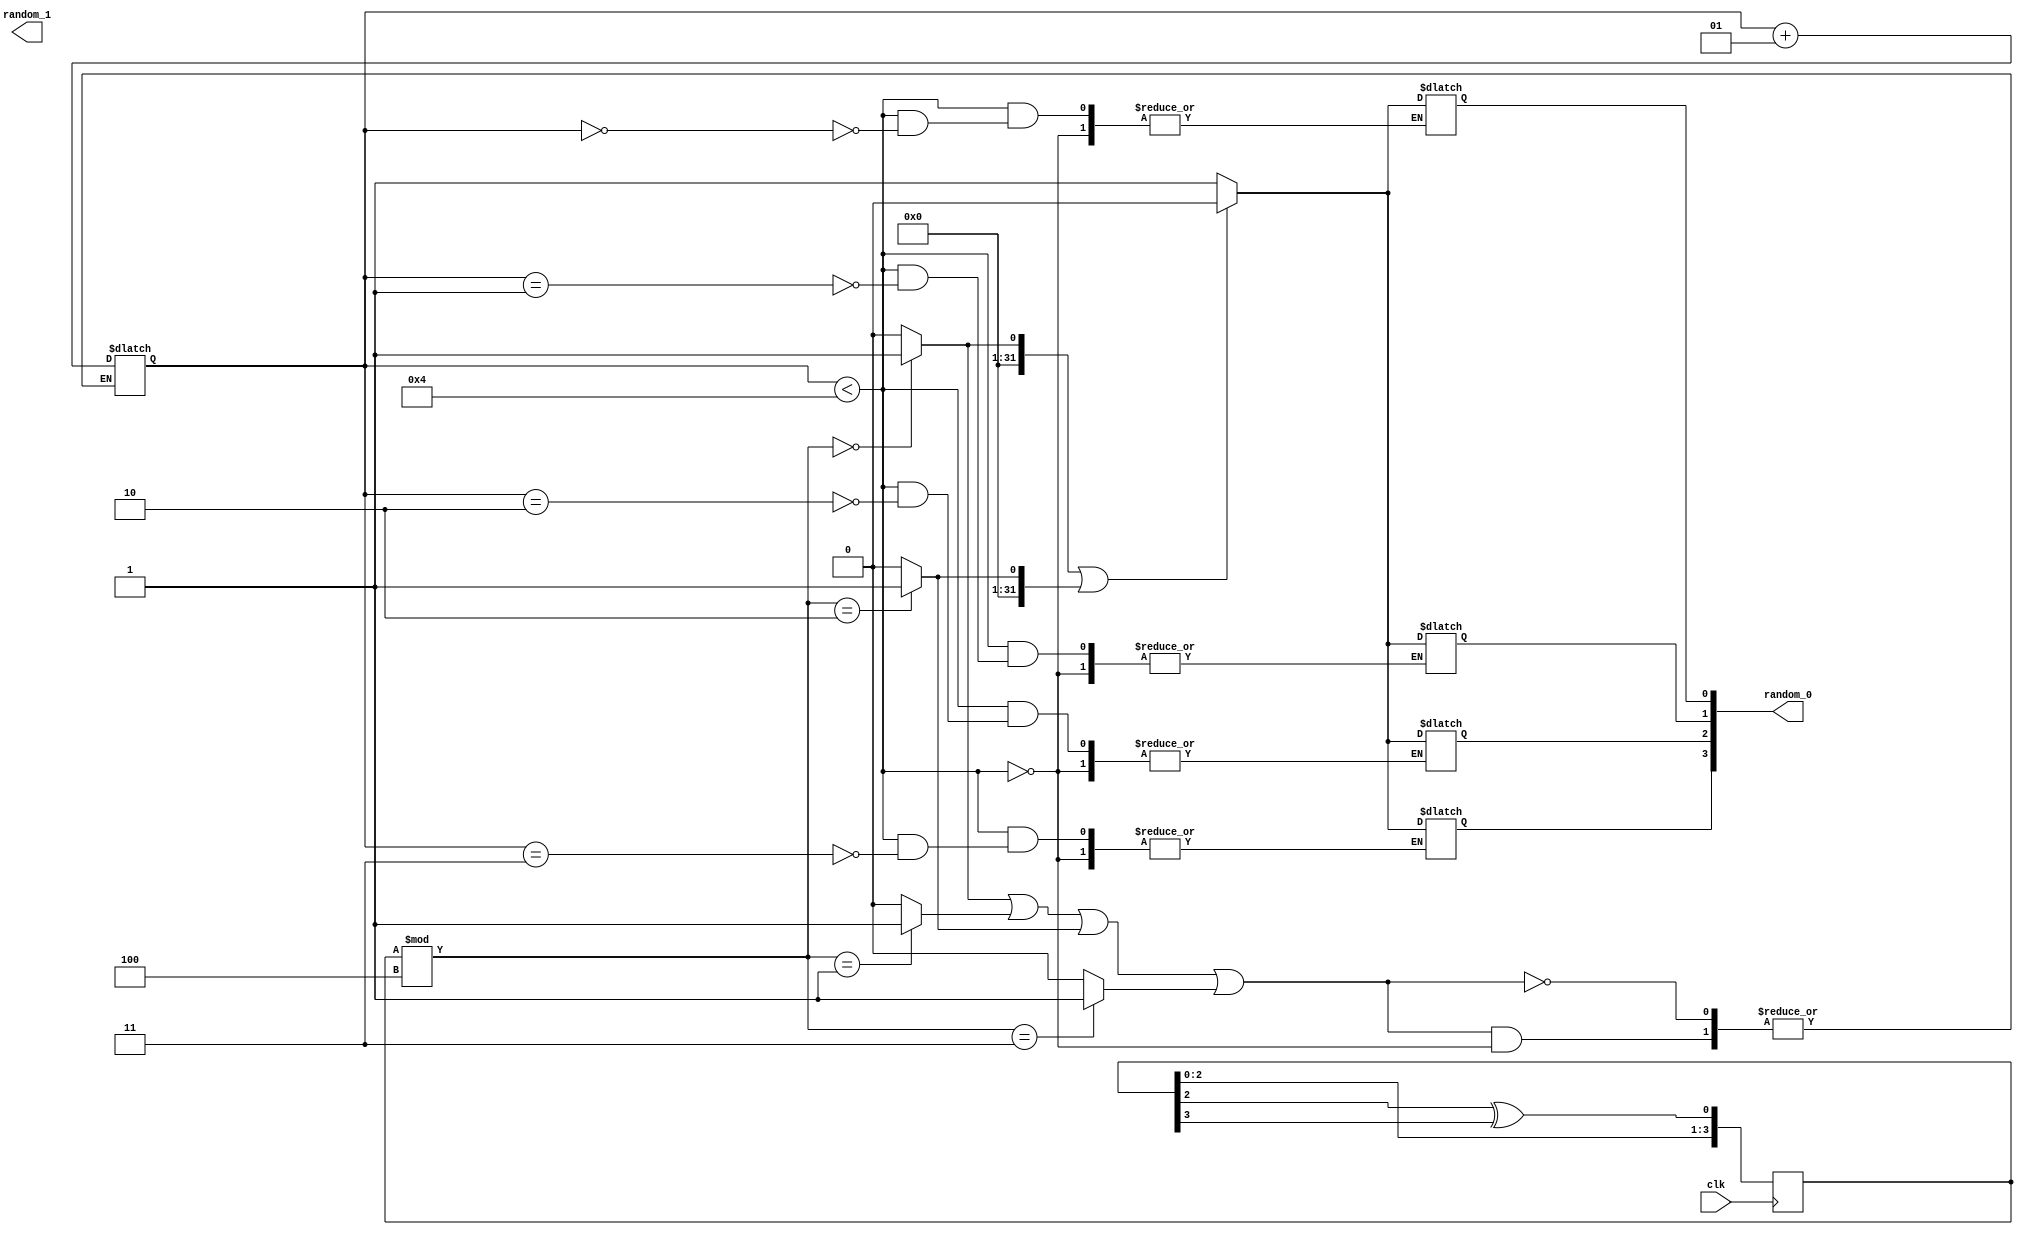
module LFSR(random_0, random_1, clk);
	
	output reg[3:0]random_0;
	output reg[3:0]random_1; 
	input clk;

	reg[3:0]rnd = 4'b1110;
	reg[3:0]aux;
	
	integer contador = 0, identity_0 = 0, identity_1 = 0, identity_2 = 0, identity_3 = 0;
	
	always@(posedge clk)begin
		rnd[0] <= rnd[2] ^ rnd[3];
		rnd[1] <= rnd[0];
		rnd[2] <= rnd[1];
		rnd[3] <= rnd[2];
	end//always
	
	always@(rnd)begin
		if(rnd % 4 == 0)begin
			aux[0] = 1'b1;
		end else aux[0] = 1'b0;
		if(rnd % 4 == 1)begin
			aux[1] = 1'b1;
		end else aux[1] = 1'b0;
		if(rnd % 4 == 2)begin
			aux[2] = 1'b1;
		end else aux[2] = 1'b0;
		if(rnd % 4 == 3)begin
			aux[3] = 1'b1;
		end 
		else aux[3] = 1'b0;
	end//always
	
	always@(*)begin
	
	if(aux[0] || aux[1] || aux[2] || aux[3]) //TERMINAR ESSE IF-ZO
	begin
		if(contador < 4)
			contador <= contador + 1;
	end//if
	end //always
	
	always@(aux[0])
	begin
		identity_0 <= aux[0];
	end
	
	always@(aux[1])
	begin
		identity_1 <= aux[1];
	end
	
	always@(aux[2])
	begin
		identity_2 <= aux[2];
	end
	
	always@(aux[3])
	begin
		identity_3 <= aux[3];
	end
	
	always@(contador)
	begin
		if(contador < 4)
		begin
			random_0[contador] = (identity_0 || identity_2)? 0 : 1;
		end
	end
	
endmodule